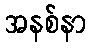
အနစ်နာ